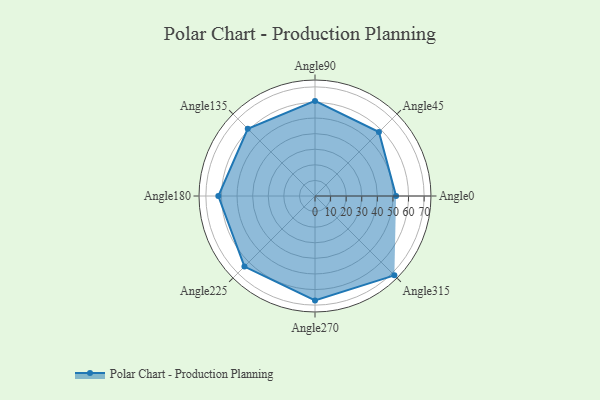
{"axis": {"x": "Angle", "y": "Radius"}, "legend": [""], "data": [{"x": "Angle0", "y": 52.0, "type": ""}, {"x": "Angle45", "y": 58.0, "type": ""}, {"x": "Angle90", "y": 61.0, "type": ""}, {"x": "Angle135", "y": 61.0, "type": ""}, {"x": "Angle180", "y": 62.0, "type": ""}, {"x": "Angle225", "y": 64.0, "type": ""}, {"x": "Angle270", "y": 67.0, "type": ""}, {"x": "Angle315", "y": 72.0, "type": ""}]}